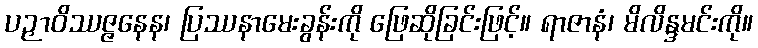
ပဉှာဝိဿဇ္ဇနေန၊ ပြဿနာမေးခွန်းကို ဖြေဆိုခြင်းဖြင့်။ ရာဇာနံ၊ မိလိန္ဒမင်းကို။